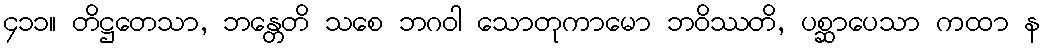
၄၁၁။ တိဋ္ဌတေသာ, ဘန္တေတိ သစေ ဘဂဝါ သောတုကာမော ဘဝိဿတိ, ပစ္ဆာပေသာ ကထာ န